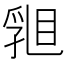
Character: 𥇽